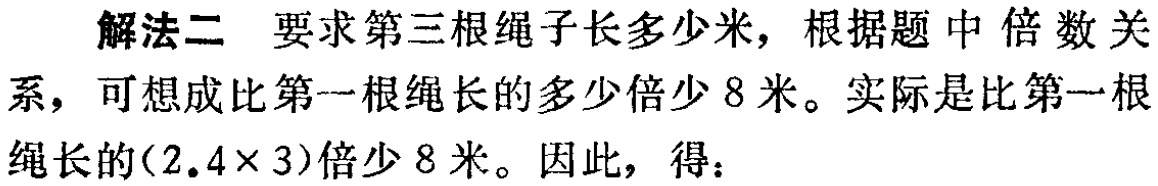
解法二 要求第三根绳子长多少米，根据题中倍数关系，可想成比第一根绳长的多少倍少8米。实际是比第一根绳长的\((2.4\times 3)\)倍少8米。因此，得：